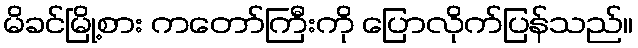
မိခင်မြို့စား ကတော်ကြီးကို ပြောလိုက်ပြန်သည်။